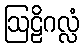
ဩဠိဂလ္လံ